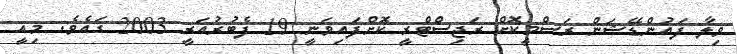
ވިލާ ފައުންޑޭޝަން ރަސްމީކޮށް ރަޖިސްޓްރީ ކޮށްފައިވަނީ 19 ފެބުރުއަރީ 2003 ގައެވެ. މިއީ